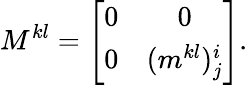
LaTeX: M^{kl}=\left[\begin{array}{cc}{{0}}&{{0}}\\ {{0}}&{{(m^{kl})_{j}^{i}}}\end{array}\right].